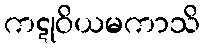
ကဋုဝိယမကာသိ